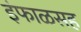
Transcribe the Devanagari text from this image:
इंफाळसह